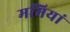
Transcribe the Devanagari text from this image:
ममियां